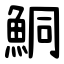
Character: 鮦